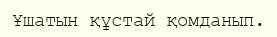
Ұшатын құстай қомданып.